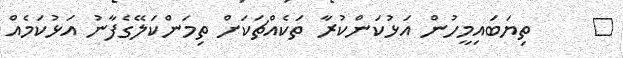
٢     ތިޔަބައިމީހުން އަޅުކަންކުރާ ތަކެއްޗަކަށް ތިމަންކަލޭގެފާނު އަޅުކަމެއް